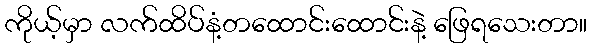
ကိုယ့်မှာ လက်ထိပ်နံ့တထောင်းထောင်းနဲ့ ဖြေရသေးတာ။